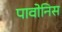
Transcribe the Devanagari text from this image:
पावोनिस